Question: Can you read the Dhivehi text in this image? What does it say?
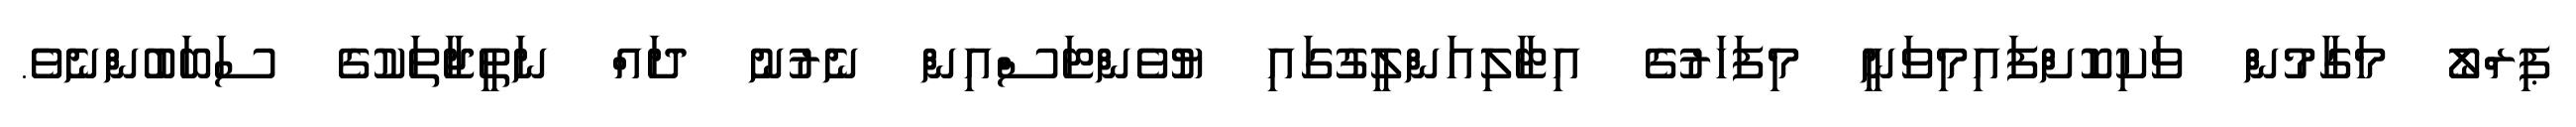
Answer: ޕިރްލޯ މަގާމުން ވަކިކޮށްފައިމިވަނީ މިފަހަރުގެ އިޓާލިއަންލީގުގައި ޔުވެންޓަސްއިން ނެރުނު ދައް ނަތީޖާތަކުގެ ސަބަބުންނެވެ.